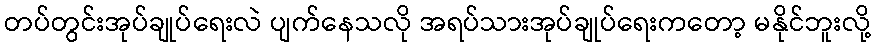
တပ်တွင်းအုပ်ချုပ်ရေးလဲ ပျက်နေသလို အရပ်သားအုပ်ချုပ်ရေးကတော့ မနိုင်ဘူးလို့